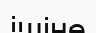
ішіне